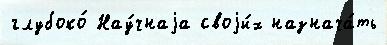
глубоко́ Нау́чнаjа своjи́х назнача́ть